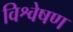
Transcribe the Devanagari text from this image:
विश्वेषण